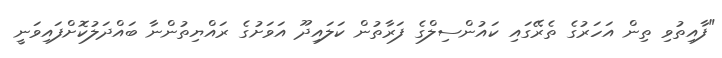
"ފާއިތުވި ތިން އަހަރުގެ ތެރޭގައި ކައުންސިލްގެ ފަރާތުން ކަލައިދޫ އަވަށުގެ ރައްޔިތުންނާ ބައްދަލުކޮށްފައިވަނީ